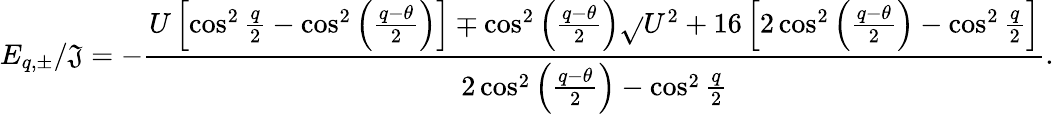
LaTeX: E_{q,\pm}/\mathfrak{J}=-\frac{{U\left[\cos^{2}\frac{{q}}{{2}}-\cos^{2}\left(\frac{{q-\theta}}{{2}}\right)\right]\mp\cos^{2}\left(\frac{{q-\theta}}{{2}}\right)\sqrt{}{{U^{2}+16\left[2\cos^{2}\left(\frac{{q-\theta}}{{2}}\right)-\cos^{2}\frac{{q}}{{2}}\right]}}}}{{2\cos^{2}\left(\frac{{q-\theta}}{{2}}\right)-\cos^{2}\frac{{q}}{{2}}}}.